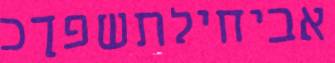
אביחילתשפךכ